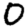
Digit: 0